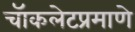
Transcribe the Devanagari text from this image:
चॅाकलेटप्रमाणे